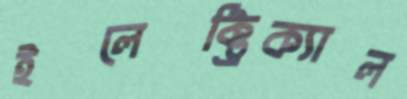
ইলেক্ট্রিক্যাল